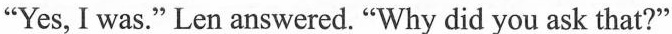
"Yes, I was."Len answered."Why did you ask that?"